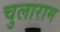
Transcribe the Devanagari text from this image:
चुलाराम